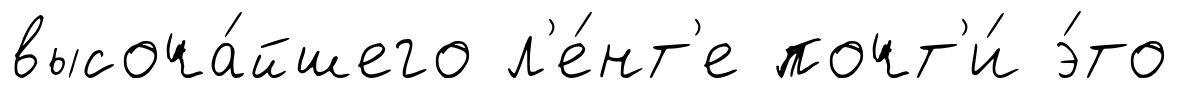
высоча́йшего л'е́нт'е почт'и́ э́то